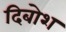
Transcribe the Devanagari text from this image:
दिबोश